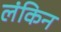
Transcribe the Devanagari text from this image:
लंकिन